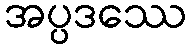
အပ္ပဒဿေ